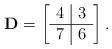
LaTeX: \begin{align*}\bold{D}=\left[\begin{array}{c|c}4 & 3\\\hline7 & 6\end{array}\right].\end{align*}